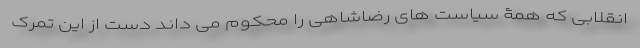
انقلابی که همۀ سیاست های رضاشاهی را محکوم می داند دست از این تمرک